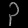
Digit: ၃